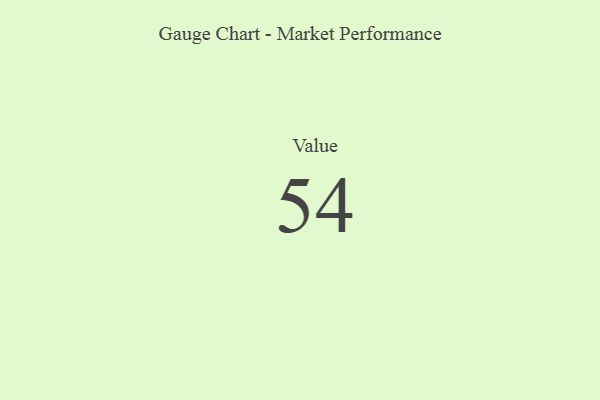
{"axis": {"x": "Metric", "y": "Value"}, "legend": [""], "data": [{"x": "Value", "y": 54, "type": ""}]}